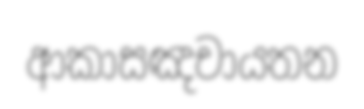
ආකාසඤචායතන